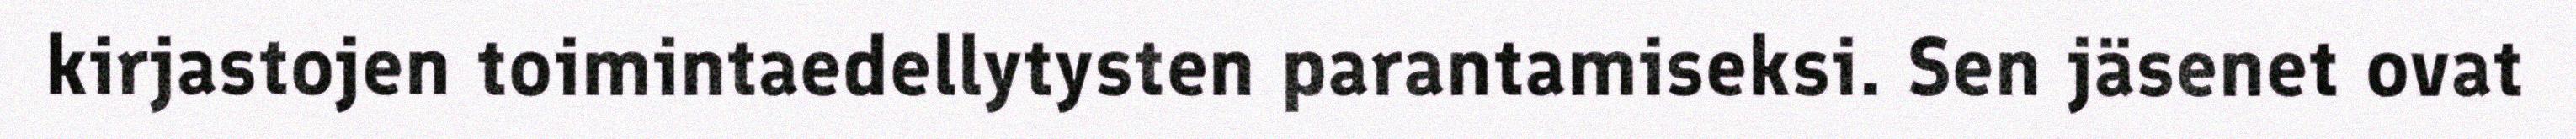
kirjastojen toimintaedellytysten parantamiseksi. Sen jäsenet ovat